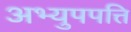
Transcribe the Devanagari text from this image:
अभ्युपपत्ति